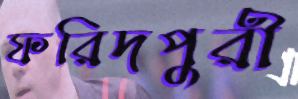
ফরিদপুরী